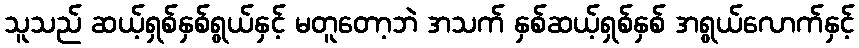
သူသည် ဆယ့်ရှစ်နှစ်ရွယ်နှင့် မတူတော့ဘဲ အသက် နှစ်ဆယ့်ရှစ်နှစ် အရွယ်လောက်နှင့်